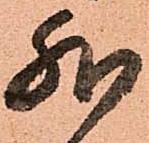
然